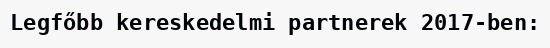
Legfőbb kereskedelmi partnerek 2017-ben: